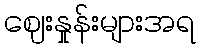
ဈေးနှုန်းများအရ